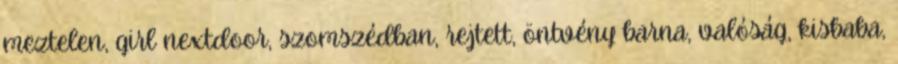
meztelen, girl nextdoor, szomszédban, rejtett, öntvény barna, valóság, kisbaba,